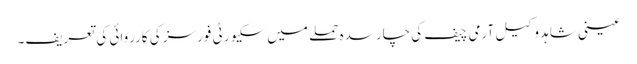
عینی شاہد وکیل آرمی چیف کی چارسدہ حملے میں سکیورٹی فورسز کی کارروائی کی تعریف۔